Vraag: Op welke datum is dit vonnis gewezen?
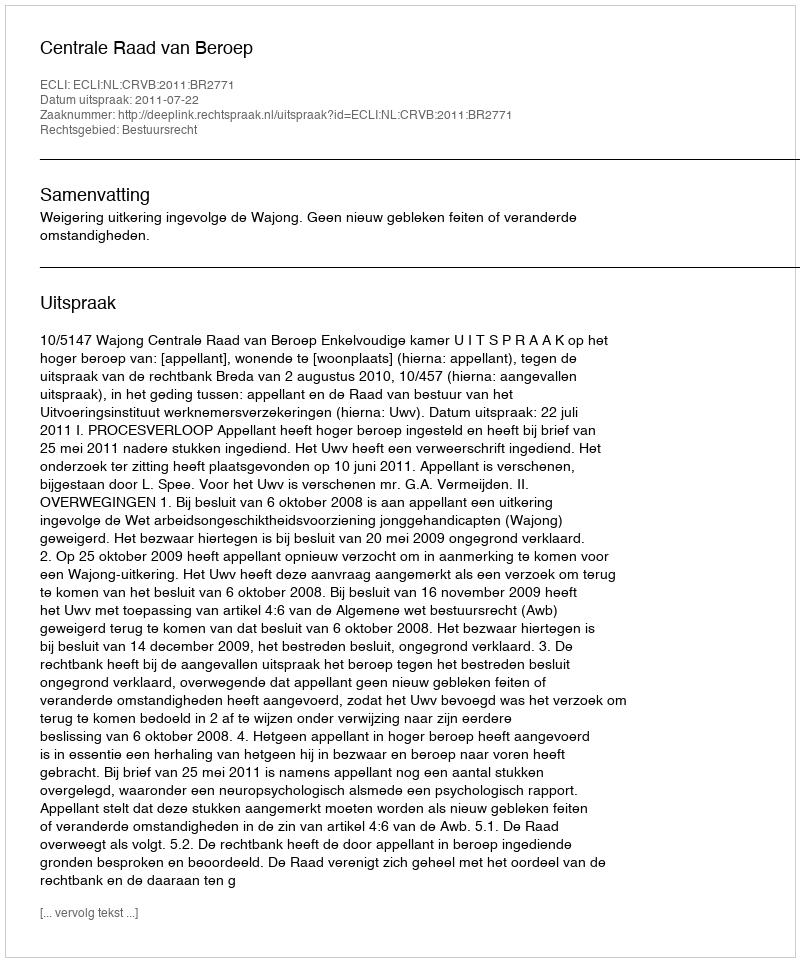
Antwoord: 2011-07-22